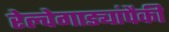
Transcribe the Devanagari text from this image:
रेल्वेगाड्यांपैकी